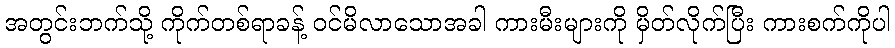
အတွင်းဘက်သို့ ကိုက်တစ်ရာခန့် ဝင်မိလာသောအခါ ကားမီးများကို မှိတ်လိုက်ပြီး ကားစက်ကိုပါ